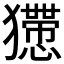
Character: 𤣇